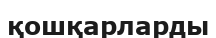
қошқарларды